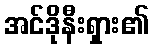
အင်ဒိုနီးရှား၏